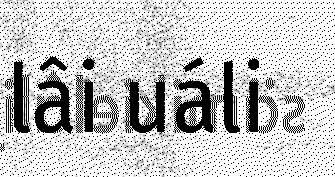
lâi uáli